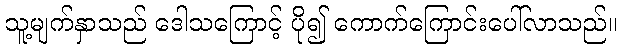
သူ့မျက်နှာသည် ဒေါသကြောင့် ပို၍ ကောက်ကြောင်းပေါ်လာသည်။